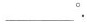
___^{\circ}.